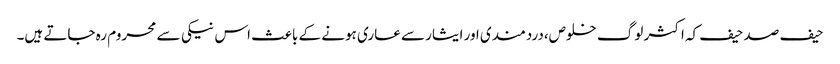
حیف صد حیف کہ اکثر لوگ خلوص،دردمندی اور ایثار سے عاری ہونے کے باعث اس نیکی سے محروم رہ جاتے ہیں۔